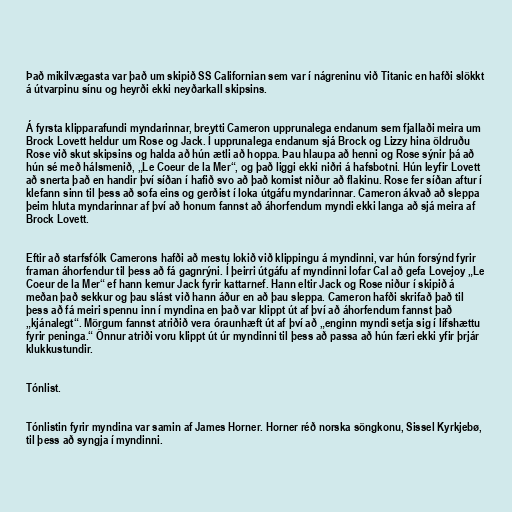
Það mikilvægasta var það um skipið SS Californian sem var í nágreninu við Titanic en hafði slökkt
á útvarpinu sínu og heyrði ekki neyðarkall skipsins.

Á fyrsta klipparafundi myndarinnar, breytti Cameron upprunalega endanum sem fjallaði meira um
Brock Lovett heldur um Rose og Jack. Í upprunalega endanum sjá Brock og Lizzy hina öldruðu
Rose við skut skipsins og halda að hún ætli að hoppa. Þau hlaupa að henni og Rose sýnir þá að
hún sé með hálsmenið, „Le Coeur de la Mer“, og það liggi ekki niðri á hafsbotni. Hún leyfir Lovett
að snerta það en handir því síðan í hafið svo að það komist niður að flakinu. Rose fer síðan aftur í
klefann sinn til þess að sofa eins og gerðist í loka útgáfu myndarinnar. Cameron ákvað að sleppa
þeim hluta myndarinnar af því að honum fannst að áhorfendum myndi ekki langa að sjá meira af
Brock Lovett.

Eftir að starfsfólk Camerons hafði að mestu lokið við klippingu á myndinni, var hún forsýnd fyrir
framan áhorfendur til þess að fá gagnrýni. Í þeirri útgáfu af myndinni lofar Cal að gefa Lovejoy „Le
Coeur de la Mer“ ef hann kemur Jack fyrir kattarnef. Hann eltir Jack og Rose niður í skipið á
meðan það sekkur og þau slást við hann áður en að þau sleppa. Cameron hafði skrifað það til
þess að fá meiri spennu inn í myndina en það var klippt út af því að áhorfendum fannst það
„kjánalegt“. Mörgum fannst atriðið vera óraunhæft út af því að „enginn myndi setja sig í lífshættu
fyrir peninga.“ Önnur atriði voru klippt út úr myndinni til þess að passa að hún færi ekki yfir þrjár
klukkustundir.

Tónlist.

Tónlistin fyrir myndina var samin af James Horner. Horner réð norska söngkonu, Sissel Kyrkjebø,
til þess að syngja í myndinni.